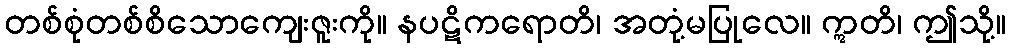
တစ်စုံတစ်စိသောကျေးဇူးကို။ နပဋိကရောတိ၊ အတုံ့မပြုလေ။ ဣတိ၊ ဤသို့။